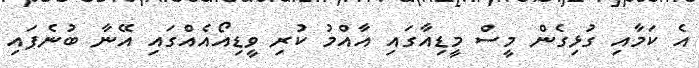
އެ ކަމާއި ގުޅިގެން މީސް މީޑިއާގައި އާއްމު ކުރި ވީޑިއޯއެއްގައި އޭނާ ބުނެފައި